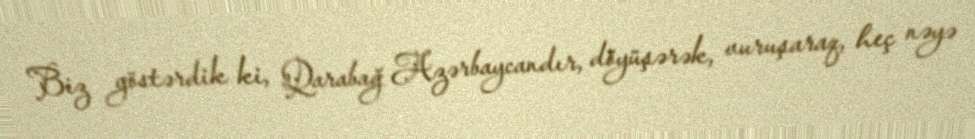
Biz göstərdik ki, Qarabağ Azərbaycandır, döyüşərək, vuruşaraq, heç nəyə